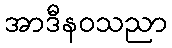
အာဒီနဝသညာ